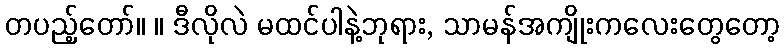
တပည့်တော်။ ။ ဒီလိုလဲ မထင်ပါနဲ့ဘုရား, သာမန်အကျိုးကလေးတွေတော့